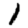
Digit: 1